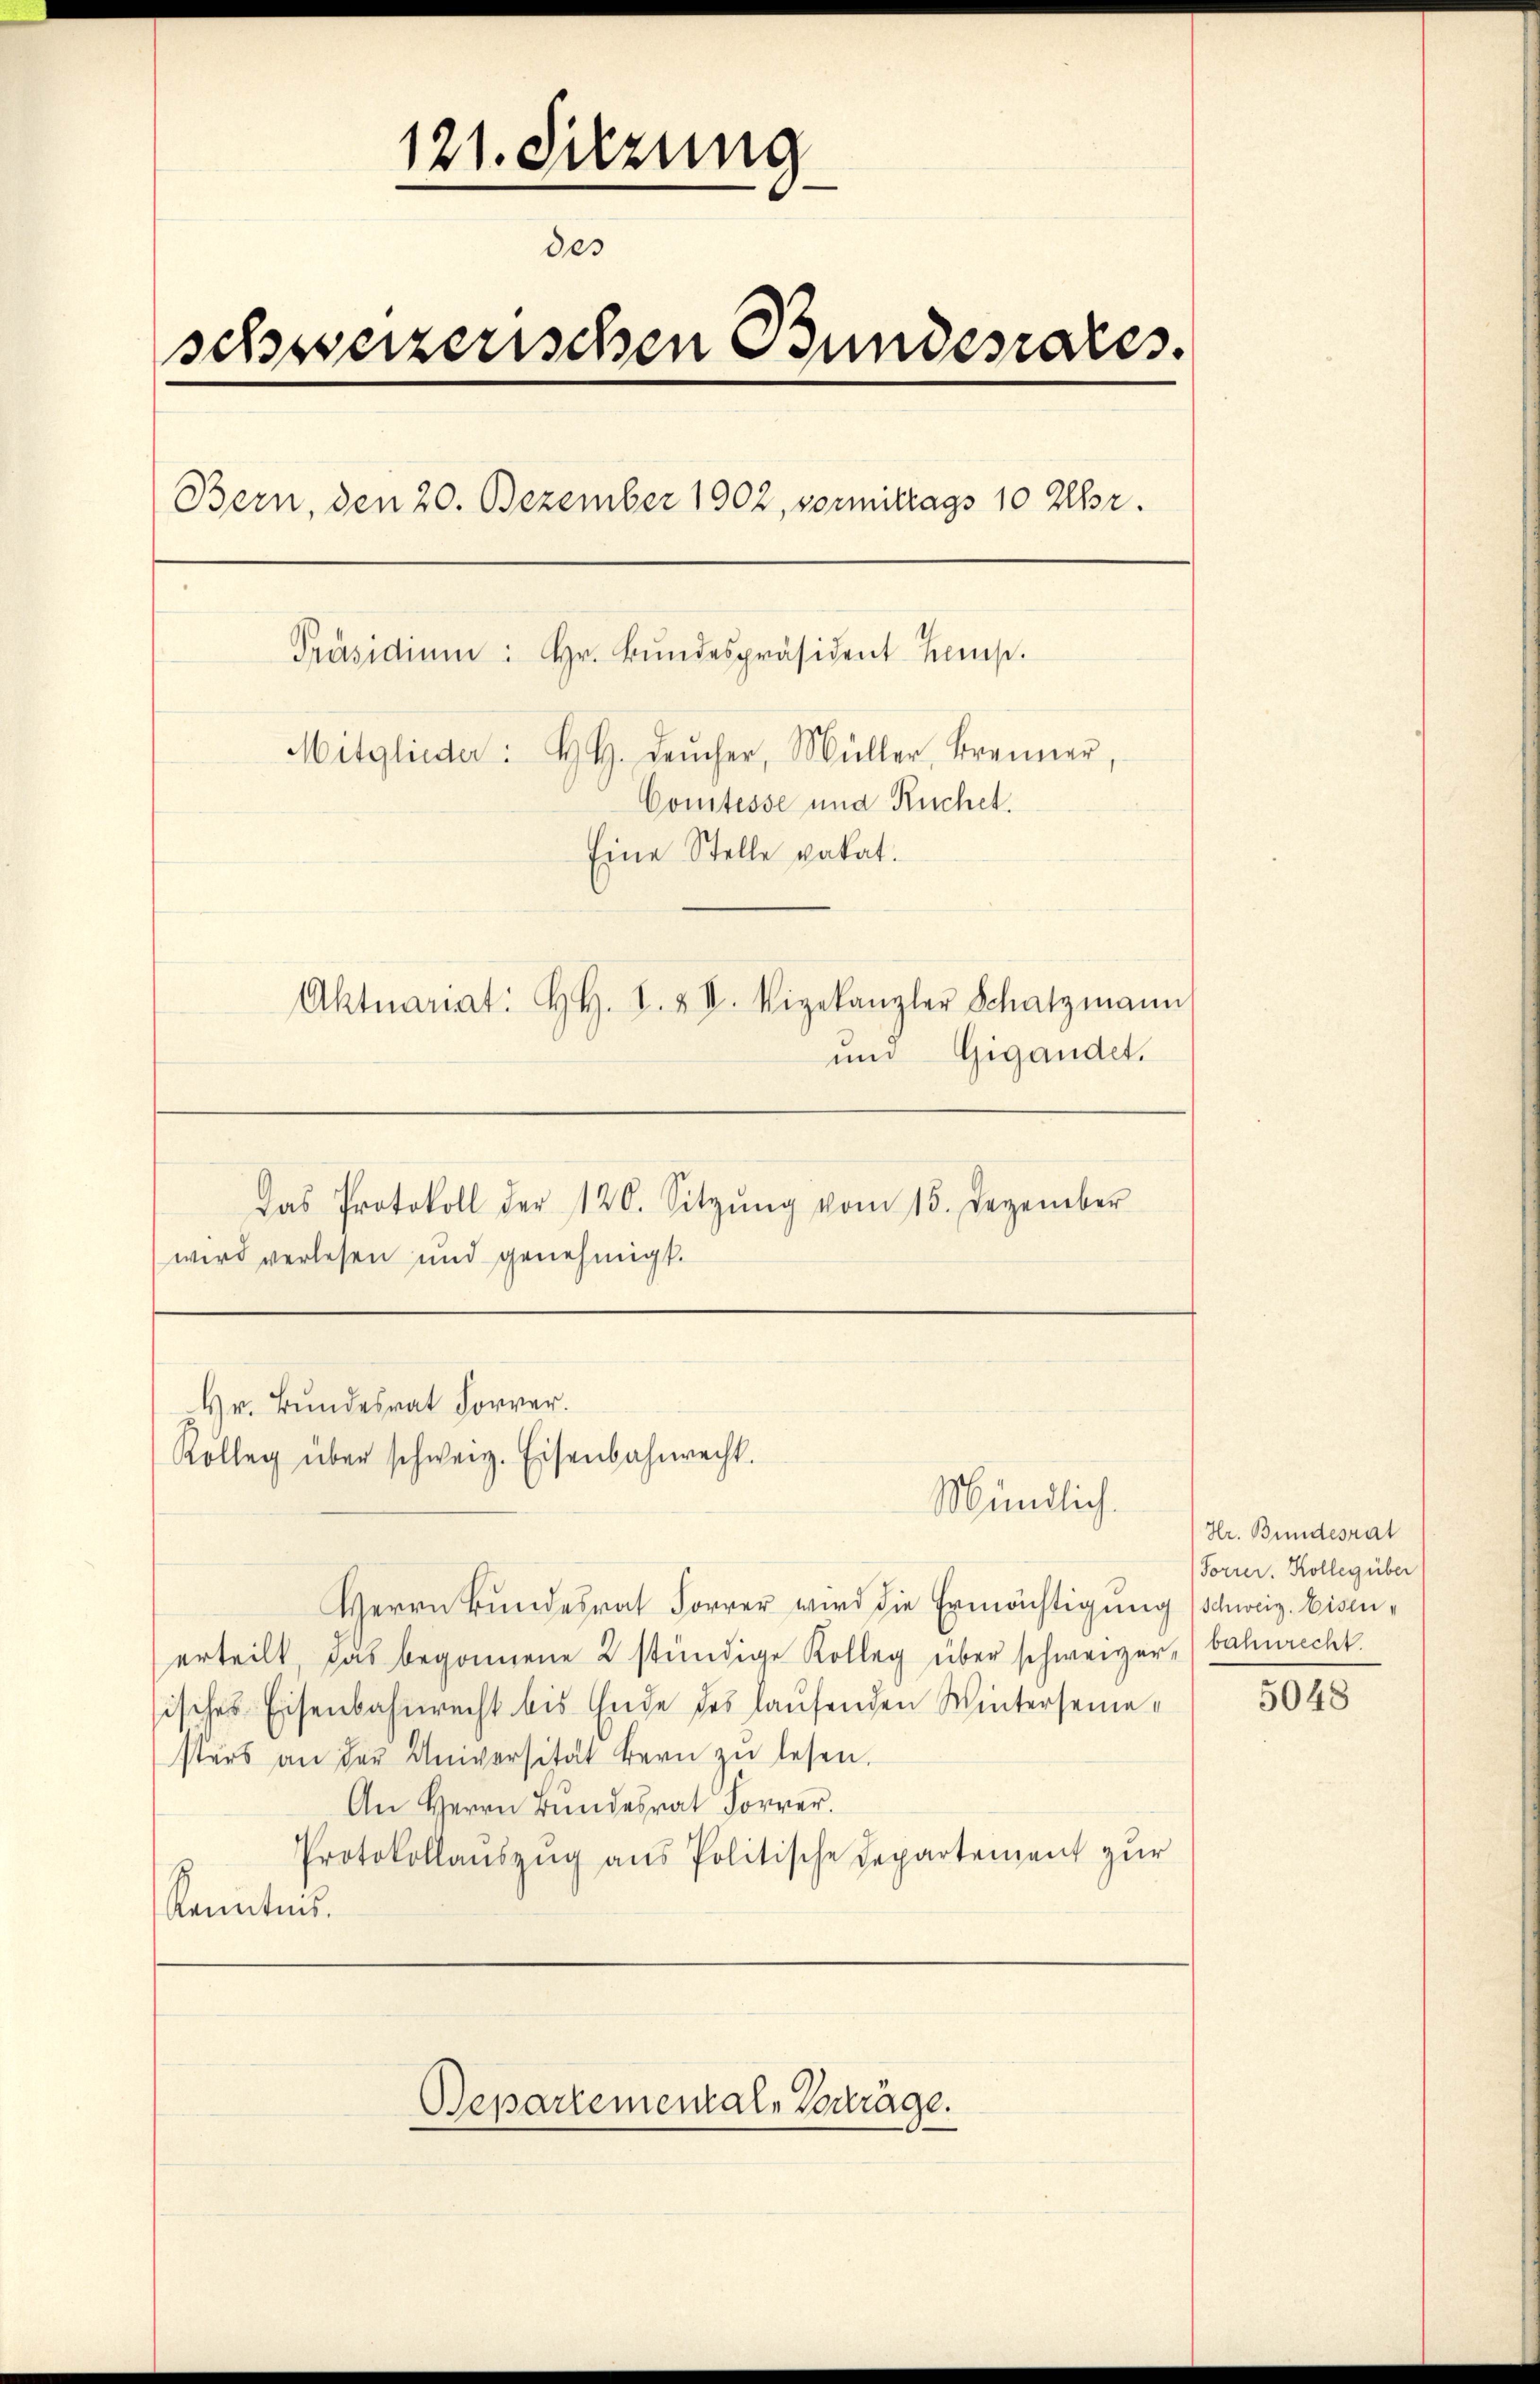
121. Sitzung
des
schweizerischen Bundesrates.
Bern, den 20. Dezember 1902, vormitrags 10 Uhr.
Präsidiŭm: Hr. Bŭndespräsident Kemp.
Mitglieder: H. H. Leŭcher, Müller, Brenner,
Comtesse und Ruchet.
Eine Stelle vakat.
Aktuariat. H. H. I. & II. Vigekanzler Schatzmann
und Gigandel.
Das Protokoll der 126. Sitzŭng vom 15. Dezember
wird verlesen und genehmigt.

Hr. Bundesrat Forrer.
Kolleg über schweiz. Eisenbahnrecht.

Mündlich.

Herrn Bundesrat Forrer wird die Ermächtigung schweiz. Eisenerteilt, das begonnene 2 stündige Kolleg über schweizer, (bahnrecht.
sisches Eisenbahnrecht bis Ende des laufenden Winterseme-
sters an der Universität bern zu lesen.
An Herrn Bundesrat Forrer.
Protokollaŭszŭg ans Politische Departement zŭr
Kenntnis.

Separtementale Vorträge.

Hr. Bundesrat
Forrer. Kolleg über

5048